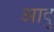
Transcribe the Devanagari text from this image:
आदु